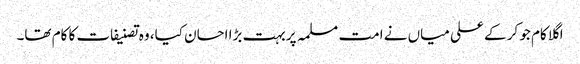
اگلا کام جو کر کے علی میاں نے امت مسلمہ پر بہت بڑا احسان کیا، وہ تصنیفات کا کام تھا۔